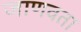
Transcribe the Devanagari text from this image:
जाणवता